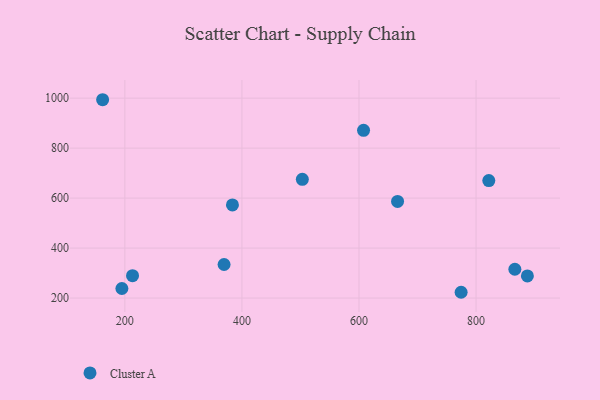
{"axis": {"x": "Ad Spend", "y": "Profit"}, "legend": ["Cluster A"], "data": [{"x": "369.5", "y": 334.3, "type": "Cluster A"}, {"x": "607.8", "y": 871.2, "type": "Cluster A"}, {"x": "162.0", "y": 993.7, "type": "Cluster A"}, {"x": "665.9", "y": 586.5, "type": "Cluster A"}, {"x": "821.8", "y": 670.2, "type": "Cluster A"}, {"x": "887.7", "y": 288.6, "type": "Cluster A"}, {"x": "213.1", "y": 289.6, "type": "Cluster A"}, {"x": "774.5", "y": 223.1, "type": "Cluster A"}, {"x": "383.8", "y": 572.6, "type": "Cluster A"}, {"x": "866.3", "y": 315.2, "type": "Cluster A"}, {"x": "194.9", "y": 238.2, "type": "Cluster A"}, {"x": "503.2", "y": 675.3, "type": "Cluster A"}]}